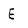
Character: E